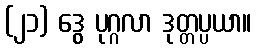
(၂၁) ဒွေ ပုဂ္ဂလာ ဒုတ္တပ္ပယာ။